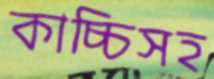
কাচ্চিসহ